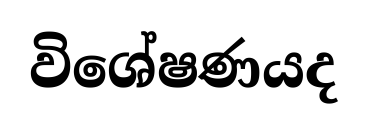
විශේෂණයද